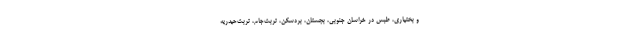
و بختیاری، طبس در خراسان جنوبی، بجستان، بردسکن، تربت‌جام، تربت‌حیدریه